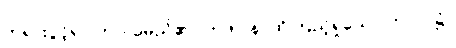
ဘုရားပွင့်ရာ ကာလမည်၏။ တဒါပန၊ ထိုကြည့်ရှုသော ကာလ၌။